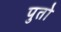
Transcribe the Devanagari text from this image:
पुतो